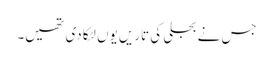
جس نے بجلی کی تاریں یوں لٹکا دی تھیں۔